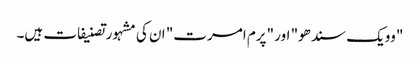
"وویک سندھو" اور "پرم امرت" ان کی مشہور تصنیفات ہیں۔